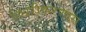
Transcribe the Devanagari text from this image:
स्थिरीकरणास